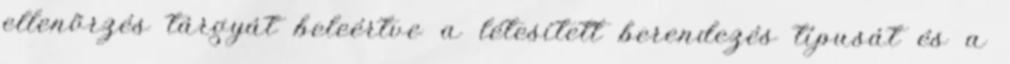
ellenõrzés tárgyát beleértve a létesített berendezés típusát és a